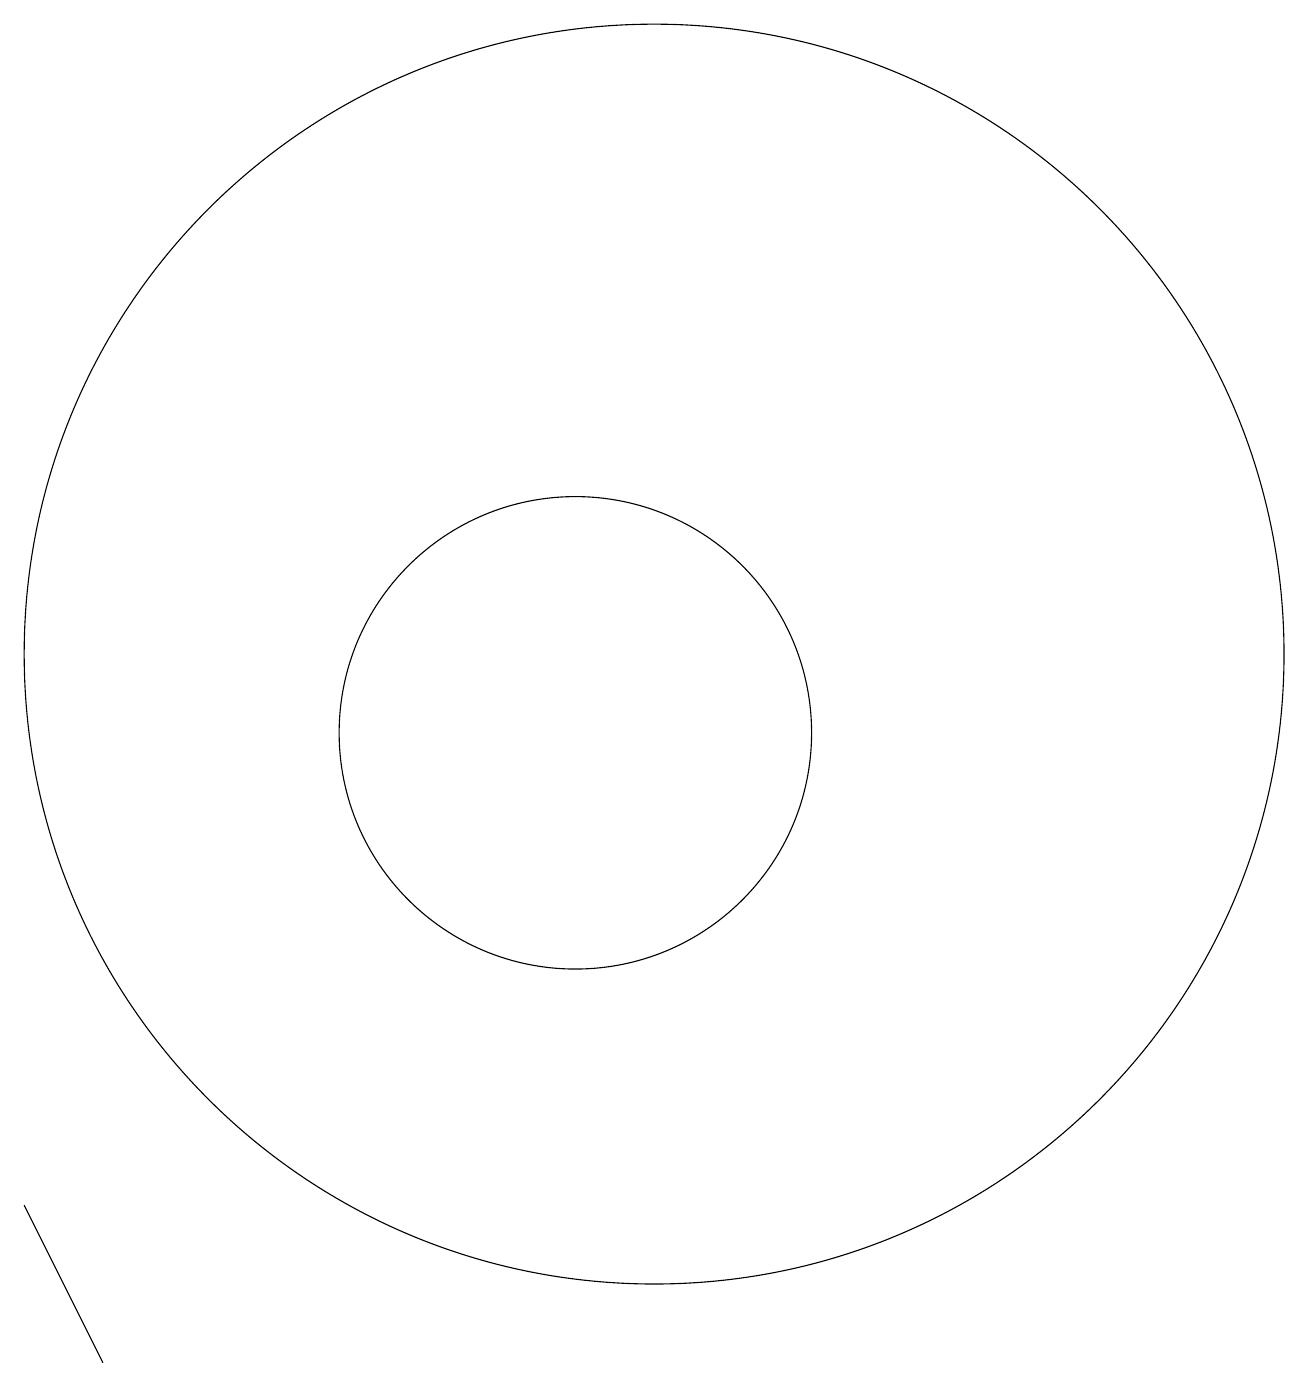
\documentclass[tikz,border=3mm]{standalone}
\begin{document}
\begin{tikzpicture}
\draw (4,4) -- (5,2) -- (5,2) -- cycle;
\draw (12,11) circle (8);
\draw (11,10) circle (3);
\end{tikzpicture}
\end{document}